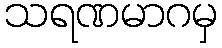
သရဏမာဂမှ